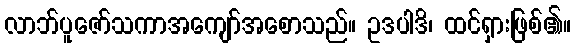
လာဘ်ပူဇော်သကာအကျော်အစောသည်။ ဥဒပါဒိ၊ ထင်ရှားဖြစ်၏။